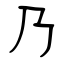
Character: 乃